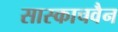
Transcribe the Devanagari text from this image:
सास्काचवैन